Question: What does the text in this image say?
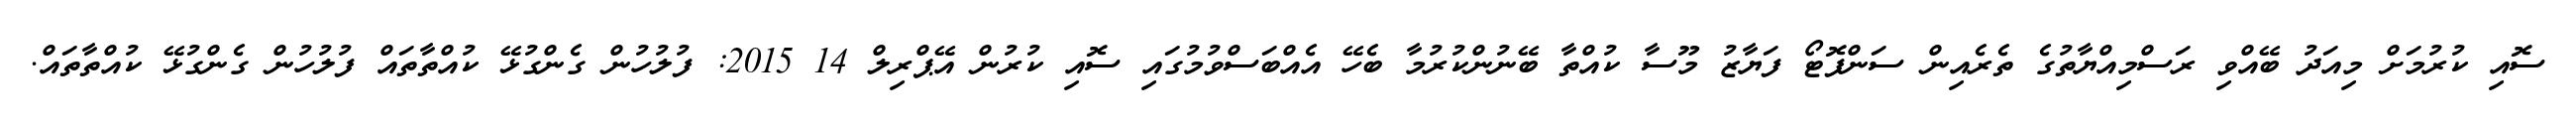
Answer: ސޮއި ކުރުމަށް މިއަދު ބޭއްވި ރަސްމިއްޔާތުގެ ތެރެއިން ސަންފޮޓޯ ފަޔާޒު މޫސާ ކުއްތާ ބޭނުންކުރުމާ ބެހޭ އެއްބަސްވުމުގައި ސޮއި ކުރުން އޭޕްރިލް 14 2015: ފުލުހުން ގެންގުޅޭ ކުއްތާތައް ފުލުހުން ގެންގުޅޭ ކުއްތާތައް.